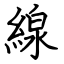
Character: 線